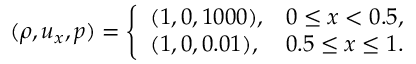
( \rho , u _ { x } , p ) = \left\{ \begin{array} { l l } { ( 1 , 0 , 1 0 0 0 ) , } & { 0 \leq x < 0 . 5 , } \\ { ( 1 , 0 , 0 . 0 1 ) , } & { 0 . 5 \leq x \leq 1 . } \end{array} \right.